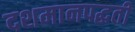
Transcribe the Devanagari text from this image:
दशमानपद्धती